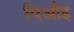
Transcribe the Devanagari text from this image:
पिऔइ